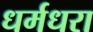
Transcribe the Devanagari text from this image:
धर्मधरा